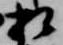
相